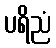
ပရိညံ